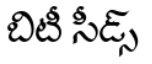
బిటీ సీడ్స్